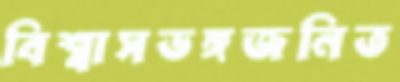
বিশ্বাসভঙ্গজনিত